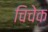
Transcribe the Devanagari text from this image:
चिचेक